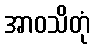
အာဝသိတုံ